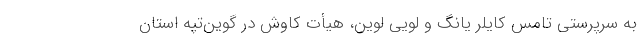
به سرپرستی تامس کایلر یانگ و لویی لِوین، هیأت کاوش در گوین‌تپه استان